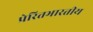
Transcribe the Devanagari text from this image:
प्रेरितभारतीय